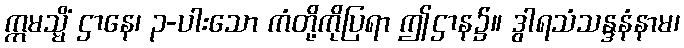
ဣမသ္မိံ ဌာနေ၊ ၃-ပါးသော ကံတို့ကိုပြရာ ဤဌာန၌။ ဒွါရသံသန္ဒနံနာမ၊